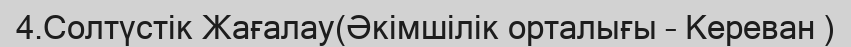
4.Солтүстік Жағалау(Әкімшілік орталығы – Кереван )